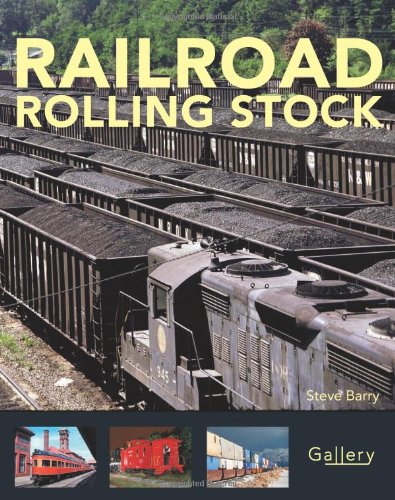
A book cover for Railroad Rolling Stock (Gallery); Steve Barry; Engineering & Transportation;